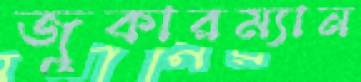
জুকারম্যান